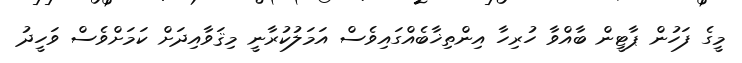
މީގެ ފަހުން ޕާޓީން ބާއްވާ ހުރިހާ އިންތިޚާބެއްގައިވެސް އަމަލުކުރާނީ މިޤަވާއިދަށް ކަމަށްވެސް ވަހީދު